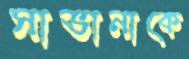
সাভানাকে